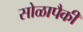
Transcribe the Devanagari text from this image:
सोळापैकी